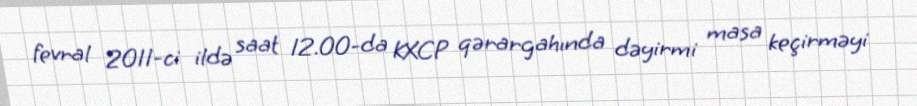
fevral 2011-ci ildə saat 12.00-da KXCP qərargahında dəyirmi masa keçirməyi